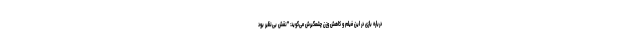
درباره بازی در این فیلم و کاهش وزن چشمگیرش می‌گوید: "نقش بی‌نظیر بود